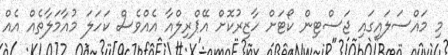
މި މައްސަލައިގައި ޖަސްޓިން ކޯޓަށް ހާޒިރުކޮށް އޭޕްރިލްއާ އެއްވެސް ކަހަލަ މުއާމަލާތެއް އެއް